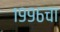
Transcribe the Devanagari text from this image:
१९९६चा